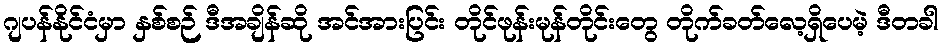
ဂျပန်နိုင်ငံမှာ နှစ်စဉ် ဒီအချိန်ဆို အင်အားပြင်း တိုင်ဖုန်းမုန်တိုင်းတွေ တိုက်ခတ်လေ့ရှိပေမဲ့ ဒီတခါ